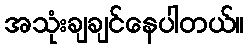
အသုံးချချင်နေပါတယ်။